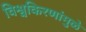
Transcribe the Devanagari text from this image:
विश्वकिरणांमुळे